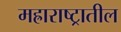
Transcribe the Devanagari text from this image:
मह्राराष्ट्रातील